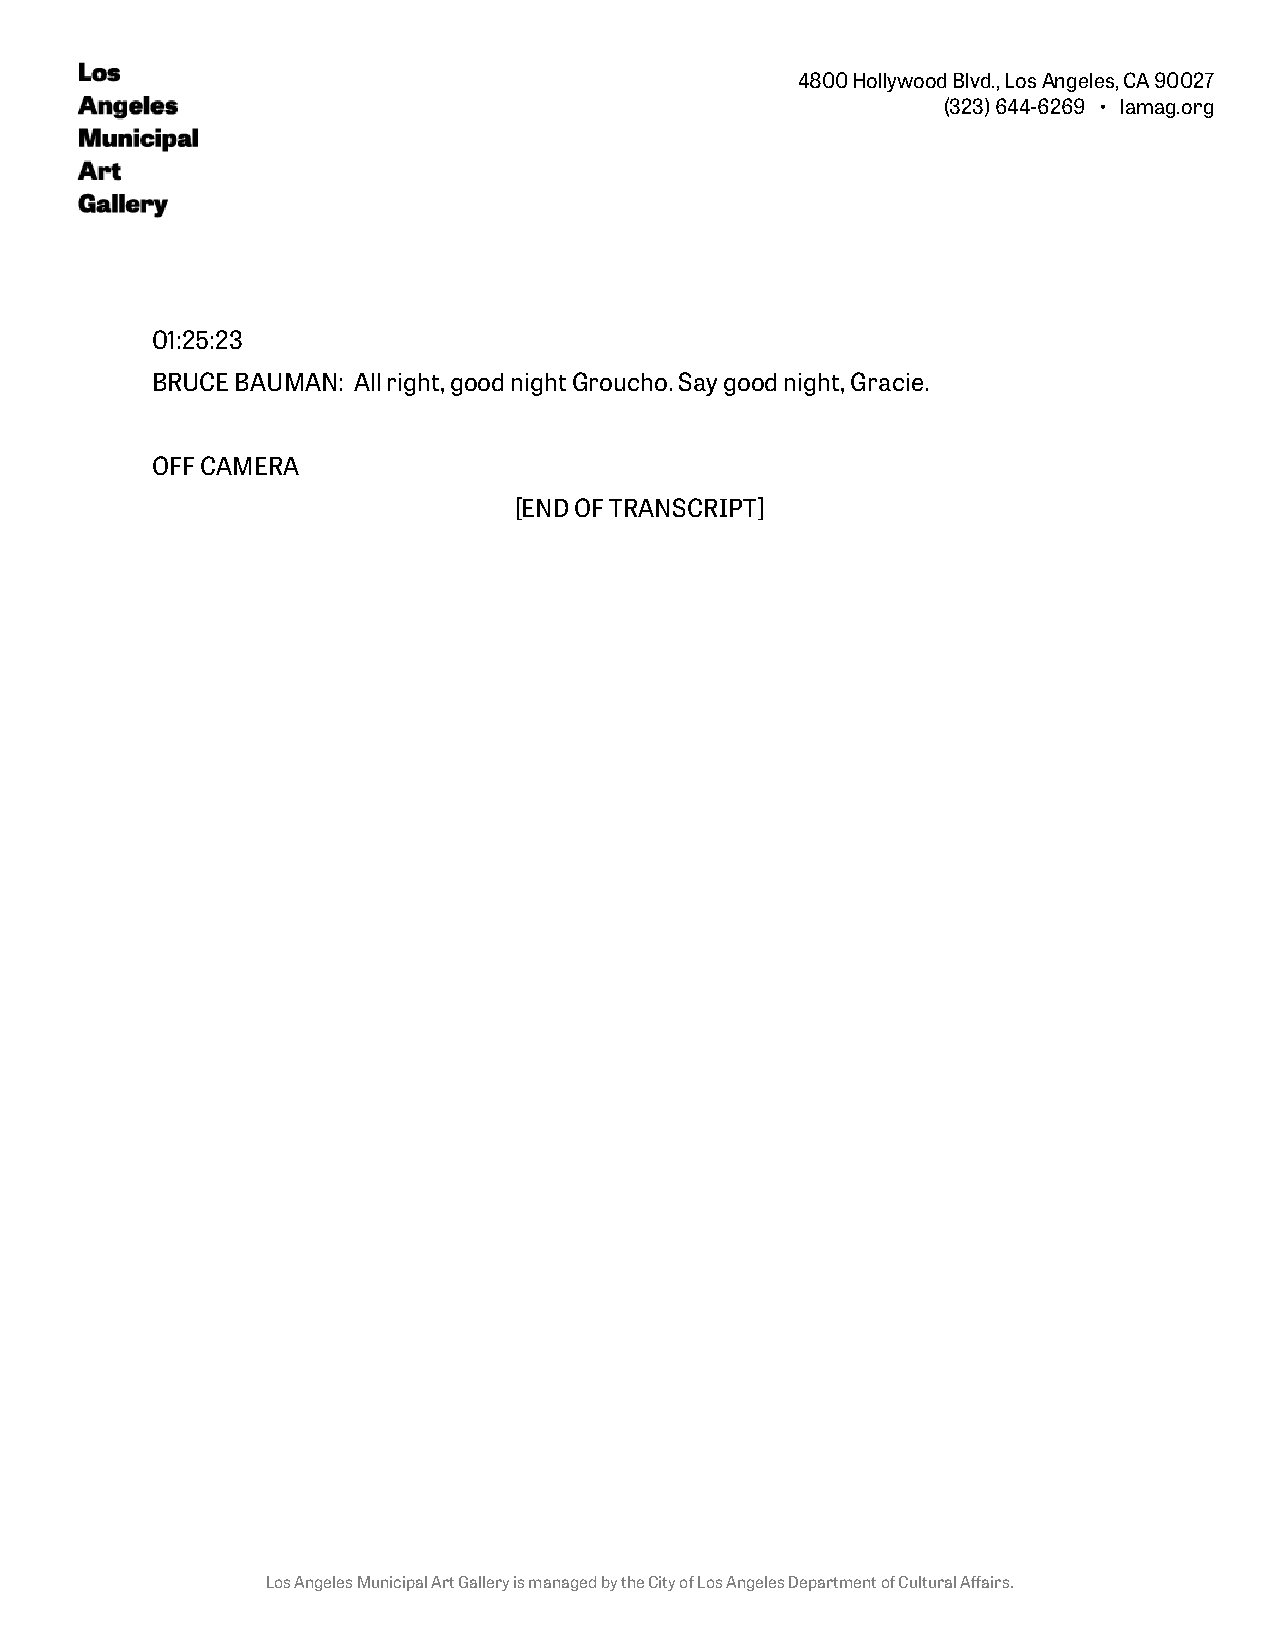
4800 Hollywood Blvd., Los Angeles, CA 90027
 (323) 644-6269 • lamag.org
 01:25:23
 BRUCE BAUMAN: All right, good night Groucho. Say good night, Gracie.
 OFF CAMERA
 [END OF TRANSCRIPT]
 Los Angeles Municipal Art Gallery is managed by the City of Los Angeles Department of Cultural Affairs.